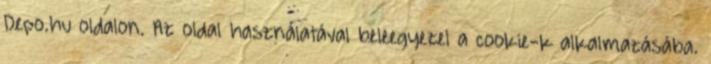
Depo.hu oldalon. Az oldal használatával beleegyezel a cookie-k alkalmazásába.